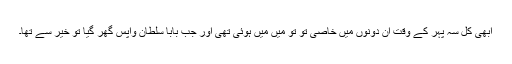
ابھی کل سہ پہر کے وقت ان دونوں میں خاصی تو تو میں میں ہوئی تھی اور جب بابا سلطان واپس گھر گیا تو خیر سے تھا۔